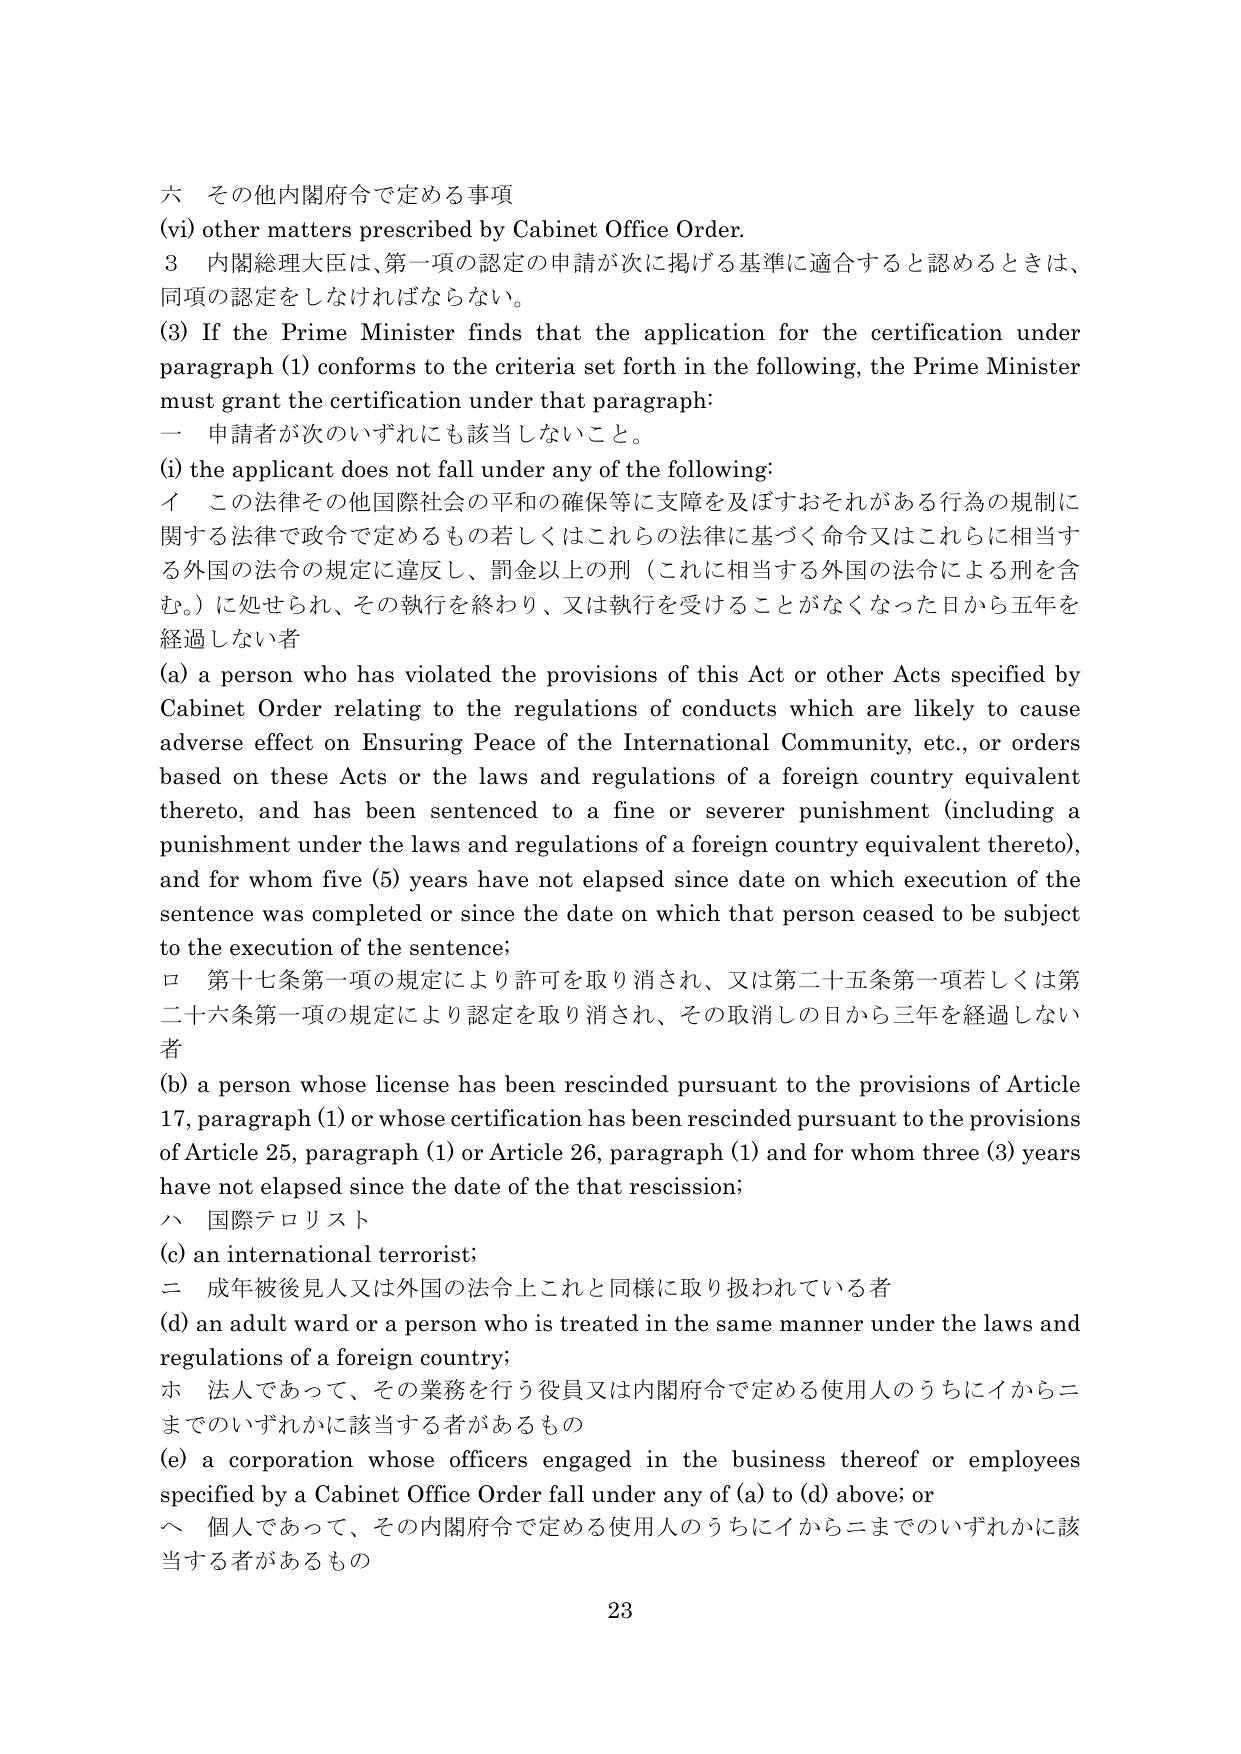
六 その他内閣府令で定める事項
(vi) other matters prescribed by Cabinet Office Order.
3 内閣総理大臣は、第一項の認定の申請が次に掲げる基準に適合すると認めるときは、
同項の認定をしなければならない。
(3) If the Prime Minister finds that the application for the certification under
paragraph (1) conforms to the criteria set forth in the following, the Prime Minister
must grant the certification under that paragraph:
一 申請者が次のいずれにも該当しないこと。
(i) the applicant does not fall under any of the following:
イ この法律その他国際社会の平和の確保等に支障を及ぼすおそれがある行為の規制に
関する法律で政令で定めるもの若しくはこれらの法律に基づく命令又はこれらに相当す
る外国の法令の規定に違反し、罰金以上の刑（これに相当する外国の法令による刑を含
む。）に処せられ、その執行を終わり、又は執行を受けることがなくなった日から五年を
経過しない者
(a) a person who has violated the provisions of this Act or other Acts specified by
Cabinet Order relating to the regulations of conducts which are likely to cause
adverse effect on Ensuring Peace of the International Community, etc., or orders
based on these Acts or the laws and regulations of a foreign country equivalent
thereto, and has been sentenced to a fine or severer punishment (including a
punishment under the laws and regulations of a foreign country equivalent thereto),
and for whom five (5) years have not elapsed since date on which execution of the
sentence was completed or since the date on which that person ceased to be subject
to the execution of the sentence;
ロ 第十七条第一項の規定により許可を取り消され、又は第二十五条第一項若しくは第
二十六条第一項の規定により認定を取り消され、その取消しの日から三年を経過しない
者
(b) a person whose license has been rescinded pursuant to the provisions of Article
17, paragraph (1) or whose certification has been rescinded pursuant to the provisions
of Article 25, paragraph (1) or Article 26, paragraph (1) and for whom three (3) years
have not elapsed since the date of the that rescission;
ハ 国際テロリスト
(c) an international terrorist;
ニ 成年被後見人又は外国の法令上これと同様に取り扱われている者
(d) an adult ward or a person who is treated in the same manner under the laws and
regulations of a foreign country;
ホ 法人であって、その業務を行う役員又は内閣府令で定める使用人のうちにイからニ
までのいずれかに該当する者があるもの
(e) a corporation whose officers engaged in the business thereof or employees
specified by a Cabinet Office Order fall under any of (a) to (d) above; or
ヘ 個人であって、その内閣府令で定める使用人のうちにイからニまでのいずれかに該
当する者があるもの
23